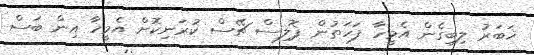
ޚަބަރު ލިބިގެން އެމީހާ ފަހަތުން ޕޮލިސް ޗޭސް ކުރަނިކޮށް އެމީހާ އިން ބަސް